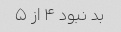
بد نبود ۴ از ۵